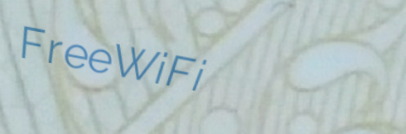
FreeWiFi